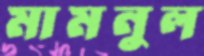
মামনুল